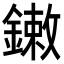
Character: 𨫾